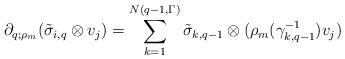
LaTeX: \begin{align*}\partial_{q;\rho_m}(\tilde{\sigma}_{i,q}\otimes v_j)=\sum_{k=1}^{N(q-1,\Gamma)}\tilde{\sigma}_{k,q-1}\otimes(\rho_m(\gamma_{k,q-1}^{-1})v_j)\end{align*}